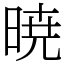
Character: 暁